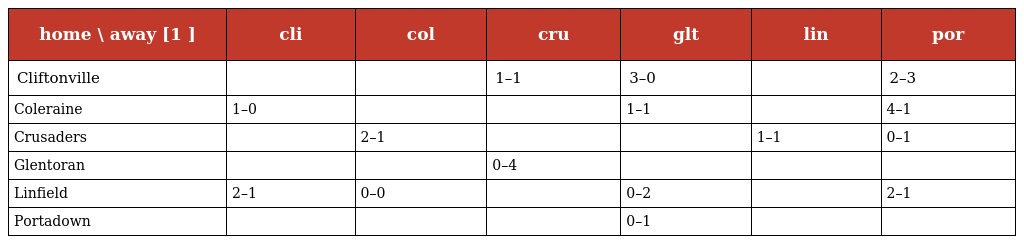
| home \ away [1 ] | cli | col | cru | glt | lin | por |
 | --- | --- | --- | --- | --- | --- | --- |
 | Cliftonville |  |  | 1–1 | 3–0 |  | 2–3 |
 | Coleraine | 1–0 |  |  | 1–1 |  | 4–1 |
 | Crusaders |  | 2–1 |  |  | 1–1 | 0–1 |
 | Glentoran |  |  | 0–4 |  |  |  |
 | Linfield | 2–1 | 0–0 |  | 0–2 |  | 2–1 |
 | Portadown |  |  |  | 0–1 |  |  |